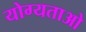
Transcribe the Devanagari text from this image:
योग्यताओ